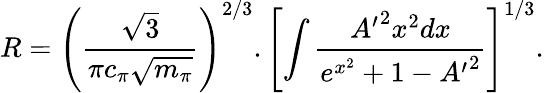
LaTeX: R=\left(\frac{\sqrt 3}{\pi c_{\pi}\sqrt{m_{\pi}}}\right)^{2/3}.\left[\int\frac{{A^{\prime}}^{2}x^{2}dx}{e^{x^{2}}+1-{A^{\prime}}^{2}}\right]^{1/3}.